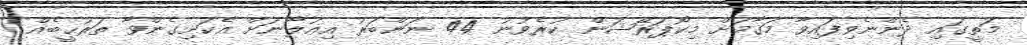
މަތީގައި ދެންނެވިފައިވާ މަޤާމަށް މިކޯޕަރޭޝަން ކުރެވުނު 44 ނަންބަރު އިޢުލާނަށް އެކަށިގެންވާ ތަރުޙީބެއް